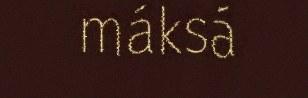
máksá